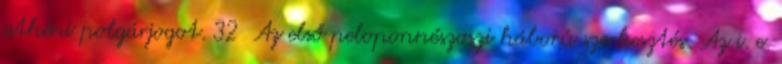
athéni polgárjogot. 32 Az első peloponnészoszi háború szerkesztés Az i. e.